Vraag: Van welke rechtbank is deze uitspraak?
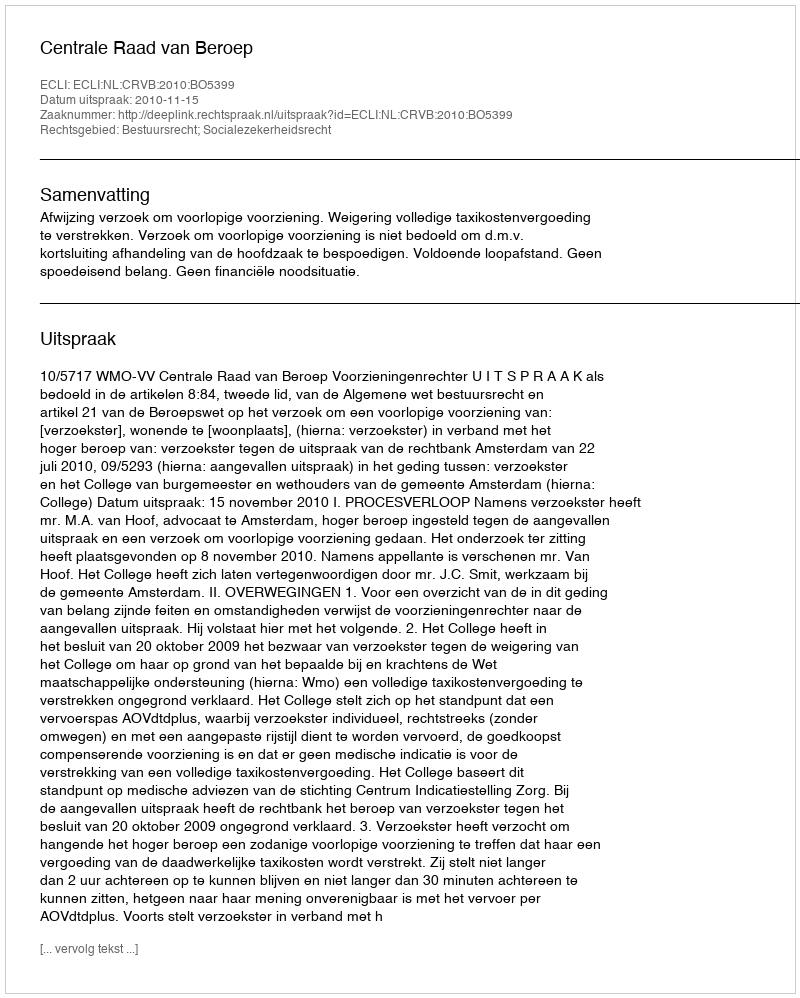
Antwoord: Centrale Raad van Beroep